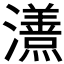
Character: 𭳦